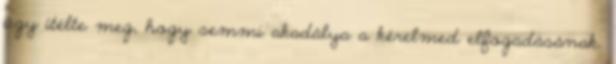
úgy ítélte meg, hogy semmi akadálya a kérelmed elfogadásának.